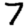
Digit: 7